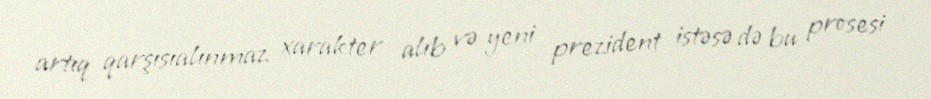
artıq qarşısıalınmaz xarakter alıb və yeni prezident istəsə də bu prosesi